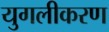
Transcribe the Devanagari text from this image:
युगलीकरण